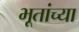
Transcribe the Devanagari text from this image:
भूतांच्या